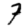
Digit: 7